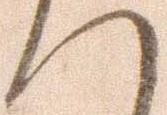
へ